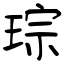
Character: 琮